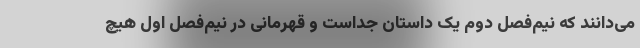
می‌دانند که نیم‌فصل دوم یک داستان جداست و قهرمانی در نیم‌فصل اول هیچ